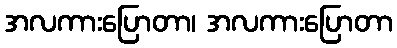
အလကားပြောတာ၊ အလကားပြောတာ